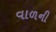
વાળની